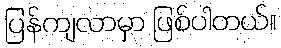
ပြန်ကျလာမှာ ဖြစ်ပါတယ်။